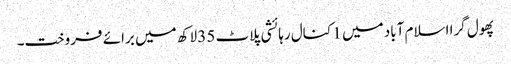
پھول گرا اسلام آباد میں 1 کنال رہائشی پلاٹ 35 لاکھ میں برائے فروخت۔